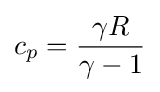
c_{p}={\frac {\gamma R}{\gamma -1}}